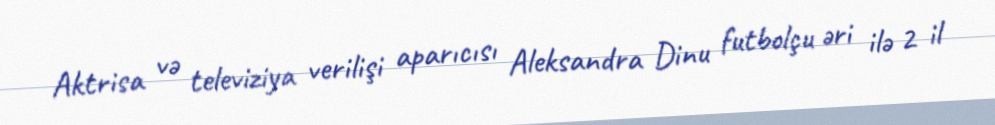
Aktrisa və televiziya verilişi aparıcısı Aleksandra Dinu futbolçu əri ilə 2 il